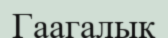
Гаагалық